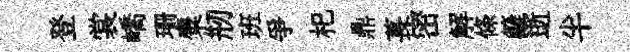
登裳嶠珊麋剏班爭𣏌鼎萇密解條籬逝半